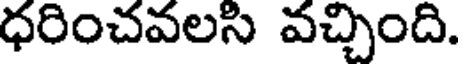
ధరించవలసి వచ్చింది.